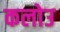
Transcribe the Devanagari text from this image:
कलोउ